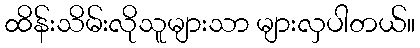
ထိန်းသိမ်းလိုသူများသာ များလှပါတယ်။